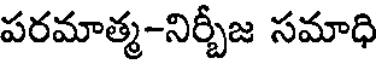
పరమాత్మ-నిర్చీజ సమాధి